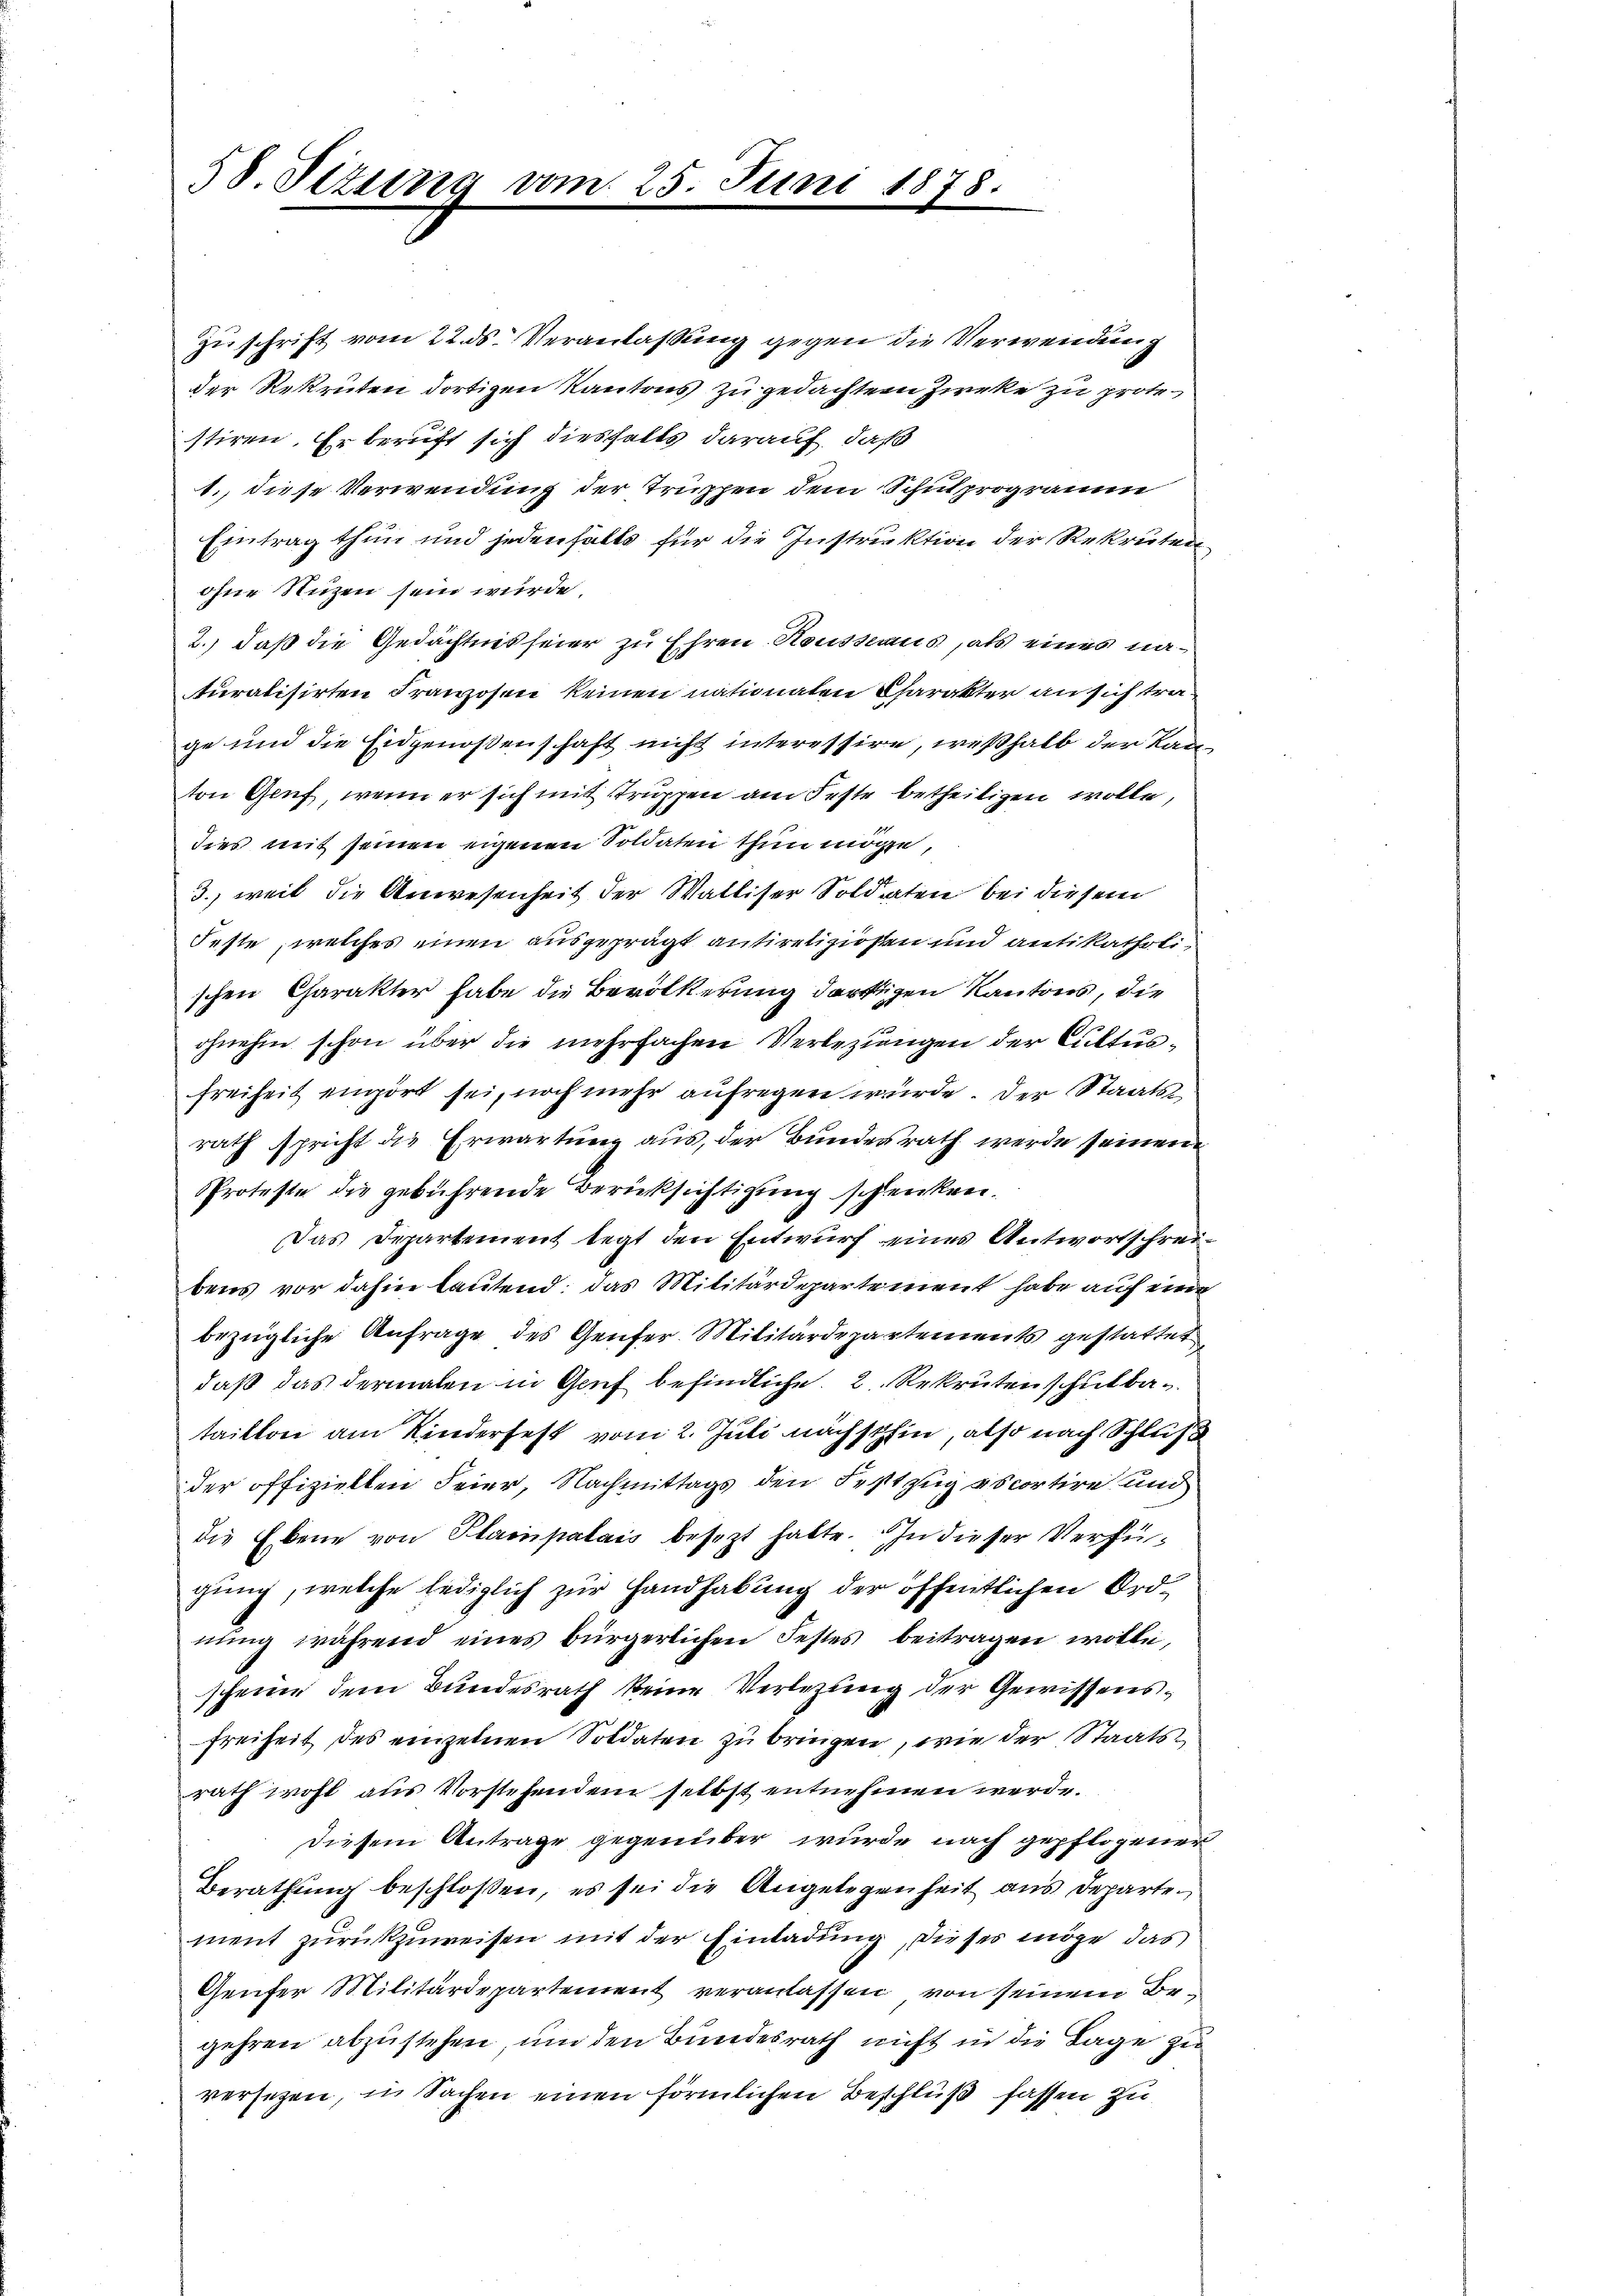
58. Sizung vom 25. Juni 1878.

Zuschrift vom 22. ds. Veranlaßung gegen die Verwendung
der Rekruten dortigen Kantons zu gedachtem Zirke zu protestiren. Er beruft sich diesfalls darauf, daß
1., diese Verwendung der Truppen dem Schulprogramm
Eintrag thun und jedenfalls für die Instruktion der Rekruten
ohne Nuzen sein wurde.
2.) daß die Gedächtnis seier zu Ehren Housseaus, als eines naturalisirten Franzosen keinen nationaten Charakter an sich trage und die Eidgenoßenschaft nicht interessire, weßhalb der Kanton Genf, wenn er sich mit struppen am Feste betheiligen wolle,
dies mit seinen eigenen Soldaten thun möge,
3., weil die Anwesenheit der Walliser Soldaten bei diesem
Feste, welches einen ausgeprägt antireligiosten und antikatholischen Charakter habe die Bevölkerung dürftigen Kantons, die
ohnehin schon über die mehrfachen Verbezungen der Cultusfreiheit einpört sei, noch mehr aufregen wurde. Der Staatsrath spricht die Erwartung aus, der Bundesrath werde seinen
Proteste die gebührende Berücksichtigung schenken.
Das Departement legt den Entwurf eines Antwortschreibens vor dahin lautend; das Militärdepartement habe auf eine
bezügliche Anfrage des Genfer Militärdepartements gestattet
daß das dermalen in Genf befindliche 2 Rekruten schulbataillon am Kinderfest vom 2. Juli nächsthin, also nach Schluß
der offiziellen Feier, Nachmittags den Festzug ascortire und
die Ebene von Plainpalais besezt hatte. In dieser Verfügung, welche lediglich zur Handhabung der öffentlichen Ordnŭng während eines bürgerlichen Festes beitragen wolle,
scheine dem Bundesrath keine Verlegung der Gewissensfreiheit, des einzelnen Soldaten zu bringen, wie der Staatsrath wohl aus Vorstehendem selbst entnehmen werde.
diesem Antrage gegenüber wurde nach gepflogener
Berathung beschloßen, es sei die Angelegenheit aus Departement zurückzuweisen mit der Einladung, dieses möge das
Genfer Militärdepartement veranlassen von seinem Begehren abzustehen, um den Bundesrath nicht in die Lage zu
versezen, in Sachen einen förmlichen Beschluß fassen zu